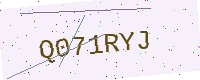
Text: Q071RYJ